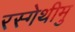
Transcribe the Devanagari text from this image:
रस्गेथीमु